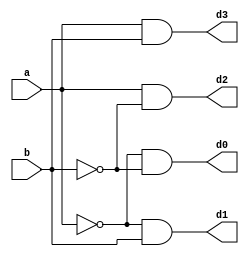
`timescale 1ns / 1ps
//////////////////////////////////////////////////////////////////////////////////
// Company: 
// Engineer: 
// 
// Design Name: 
// Module Name: decoder_4
// Project Name: 
// Target Devices: 
// Tool Versions: 
// Description: 
// 
// Dependencies: 
// 
// Revision:
// Revision 0.01 - File Created
// Additional Comments:
// 
//////////////////////////////////////////////////////////////////////////////////


module decoder_4(
    input a,
    input b,
    output d3,d2,d1,d0
    );
    assign d0=~a&~b;
    assign d1=~a&b;
    assign d2=a&~b;
    assign d3=a&b;
endmodule